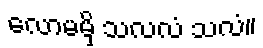
လောမမှိ သလလံ သလံ။